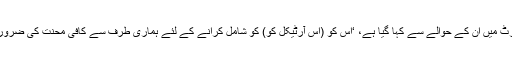
اس رپورٹ میں ان کے حوالے سے کہا گیا ہے، ‘اس کو (اس آرٹیکل کو) کو شامل کرانے کے لئے ہماری طرف سے کافی محنت کی ضرورت تھی۔